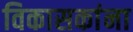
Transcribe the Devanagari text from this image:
विकासकांना